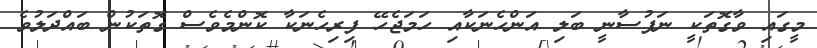
މީގައި ވާގޮތަކީ ނަފުސާނީ ބަލި އަންހެނަކާއި ހަމަޖެހޭ ފިރިހެނަކާ ކޮންމެވެސް ގޮތަކުން ބައްދަލުވެ